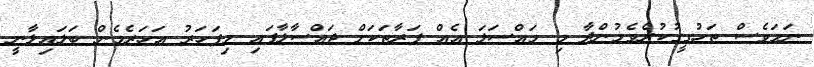
ނަމަވެސް ތަހުގީގުކުރެވެމުންދާ މި މައްސަލަ އެއް ފަރާތަކަށް ޖައްސާލާފައި މިފަހަރު އަހަރެމެން ބަލައިލާނީ